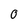
Character: O